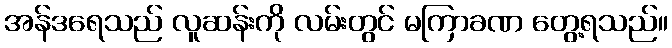
အန်ဒရေသည် လူဆန်းကို လမ်းတွင် မကြာခဏ တွေ့ရသည်။